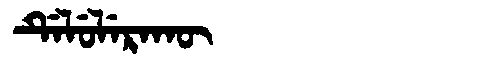
Manchu: ᡩᡝᠯᡠᠯᡝᡵᠠᡴᡡ
Romanization: DELULERAKŪ